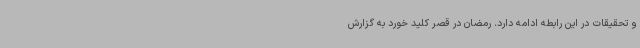
و تحقیقات در این رابطه ادامه دارد. رمضان در قصر کلید خورد به گزارش